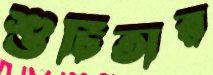
শুচিতার